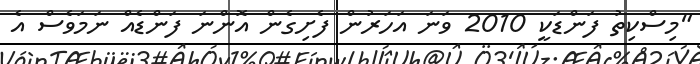
"މިސްކިތު ފަންޑަކީ 2010 ވަނަ އަހަރުން ފެށިގެން އޮންނަ ފަންޑެއް ނަމަވެސް އެ